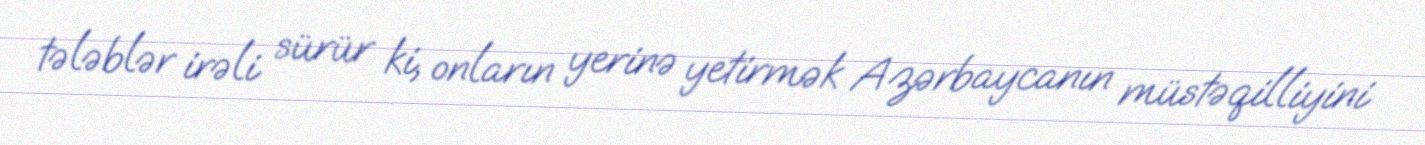
tələblər irəli sürür ki, onların yerinə yetirmək Azərbaycanın müstəqilliyini